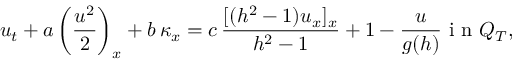
u _ { t } + a \left( \frac { u ^ { 2 } } { 2 } \right) _ { x } + b \, \kappa _ { x } = c \, \frac { [ ( h ^ { 2 } - 1 ) u _ { x } ] _ { x } } { h ^ { 2 } - 1 } + 1 - \frac { u } { g ( h ) } \mathrm { ~ i ~ n ~ } Q _ { T } ,